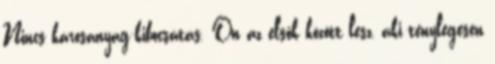
Nincs károsanyag-kibocsátás. Ön az elsők között lesz, aki ténylegesen